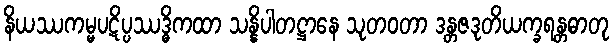
နိယဿကမ္မပဋိပ္ပဿဒ္ဓိကထာ သန္နိပါတဋ္ဌာနေ သုတဝတာ ဒန္တဇဒုတိယက္ခရန္တဓာတု